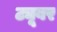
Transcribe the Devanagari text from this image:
ट्यूबर